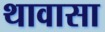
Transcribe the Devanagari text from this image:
थावासा